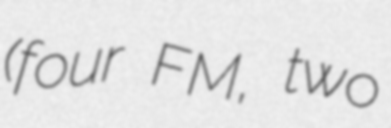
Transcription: (four FM, two